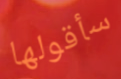
سأقولها